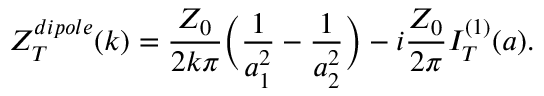
Z _ { T } ^ { d i p o l e } ( k ) = \frac { Z _ { 0 } } { 2 k \pi } { \biggl ( } \frac { 1 } { a _ { 1 } ^ { 2 } } - \frac { 1 } { a _ { 2 } ^ { 2 } } { \biggl ) } - i \frac { Z _ { 0 } } { 2 \pi } I _ { T } ^ { ( 1 ) } ( a ) .